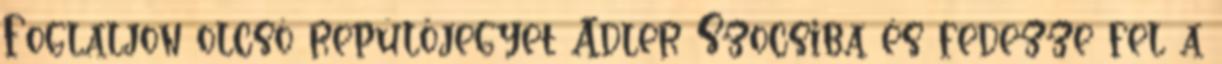
Foglaljon olcsó repülőjegyet Adler Szocsiba és fedezze fel a